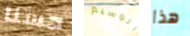
حسنا الوسيم هذا